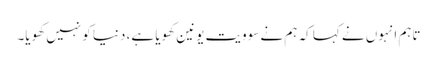
تاہم انہوں نے کہا کہ ہم نے سوویت یونین کھویا ہے، دنیا کو نہیں کھویا۔